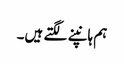
ہم ہانپنے لگتے ہیں۔